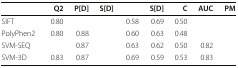
<table><thead><tr><td>[EMPTY_CELL]</td><td><b>Q2</b></td><td><b>P[D]</b></td><td><b>S[D]</b></td><td>[EMPTY_CELL]</td><td><b>S[D]</b></td><td><b>C</b></td><td><b>AUC</b></td><td><b>PM</b></td></tr></thead><tbody><tr><td>SIFT</td><td>0.80</td><td>[EMPTY_CELL]</td><td>[EMPTY_CELL]</td><td>0.58</td><td>0.69</td><td>0.50</td><td>[EMPTY_CELL]</td><td>[EMPTY_CELL]</td></tr><tr><td>PolyPhen2</td><td>0.80</td><td>0.88</td><td>[EMPTY_CELL]</td><td>0.60</td><td>0.63</td><td>0.48</td><td>[EMPTY_CELL]</td><td>[EMPTY_CELL]</td></tr><tr><td>SVM-SEQ</td><td>[EMPTY_CELL]</td><td>0.87</td><td>[EMPTY_CELL]</td><td>0.63</td><td>0.62</td><td>0.50</td><td>0.82</td><td>[EMPTY_CELL]</td></tr><tr><td>SVM-3D</td><td>0.83</td><td>0.87</td><td>[EMPTY_CELL]</td><td>0.69</td><td>0.59</td><td>0.53</td><td>0.83</td><td>[EMPTY_CELL]</td></tr></tbody></table>